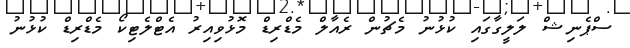
ސްޕެނިޝް ލަލީގާގައި ކުޅުނު މެޗުން ރެއާލް މެޑްރިޑް މޮޅުވިއިރު އެޓްލެޓިކޯ މެޑްރިޑް ކުޅުނު